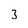
Character: 3